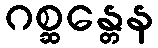
ဂစ္ဆန္တေန